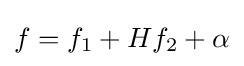
f=f_{1}+Hf_{2}+\alpha